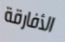
الأفارقة